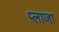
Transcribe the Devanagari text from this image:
प्‍लाजा